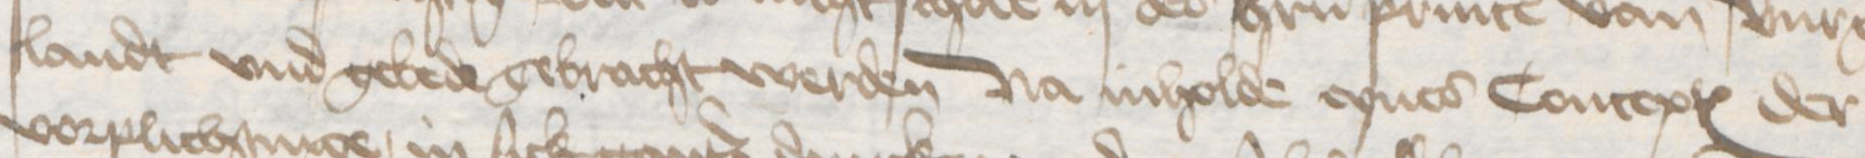
Transcription: landt vnd gebede gebracht werden Na inholde eynes Conceptes der